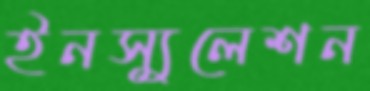
ইনস্যুলেশন